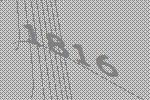
1816